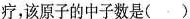
疗，该原子的中子数是( )